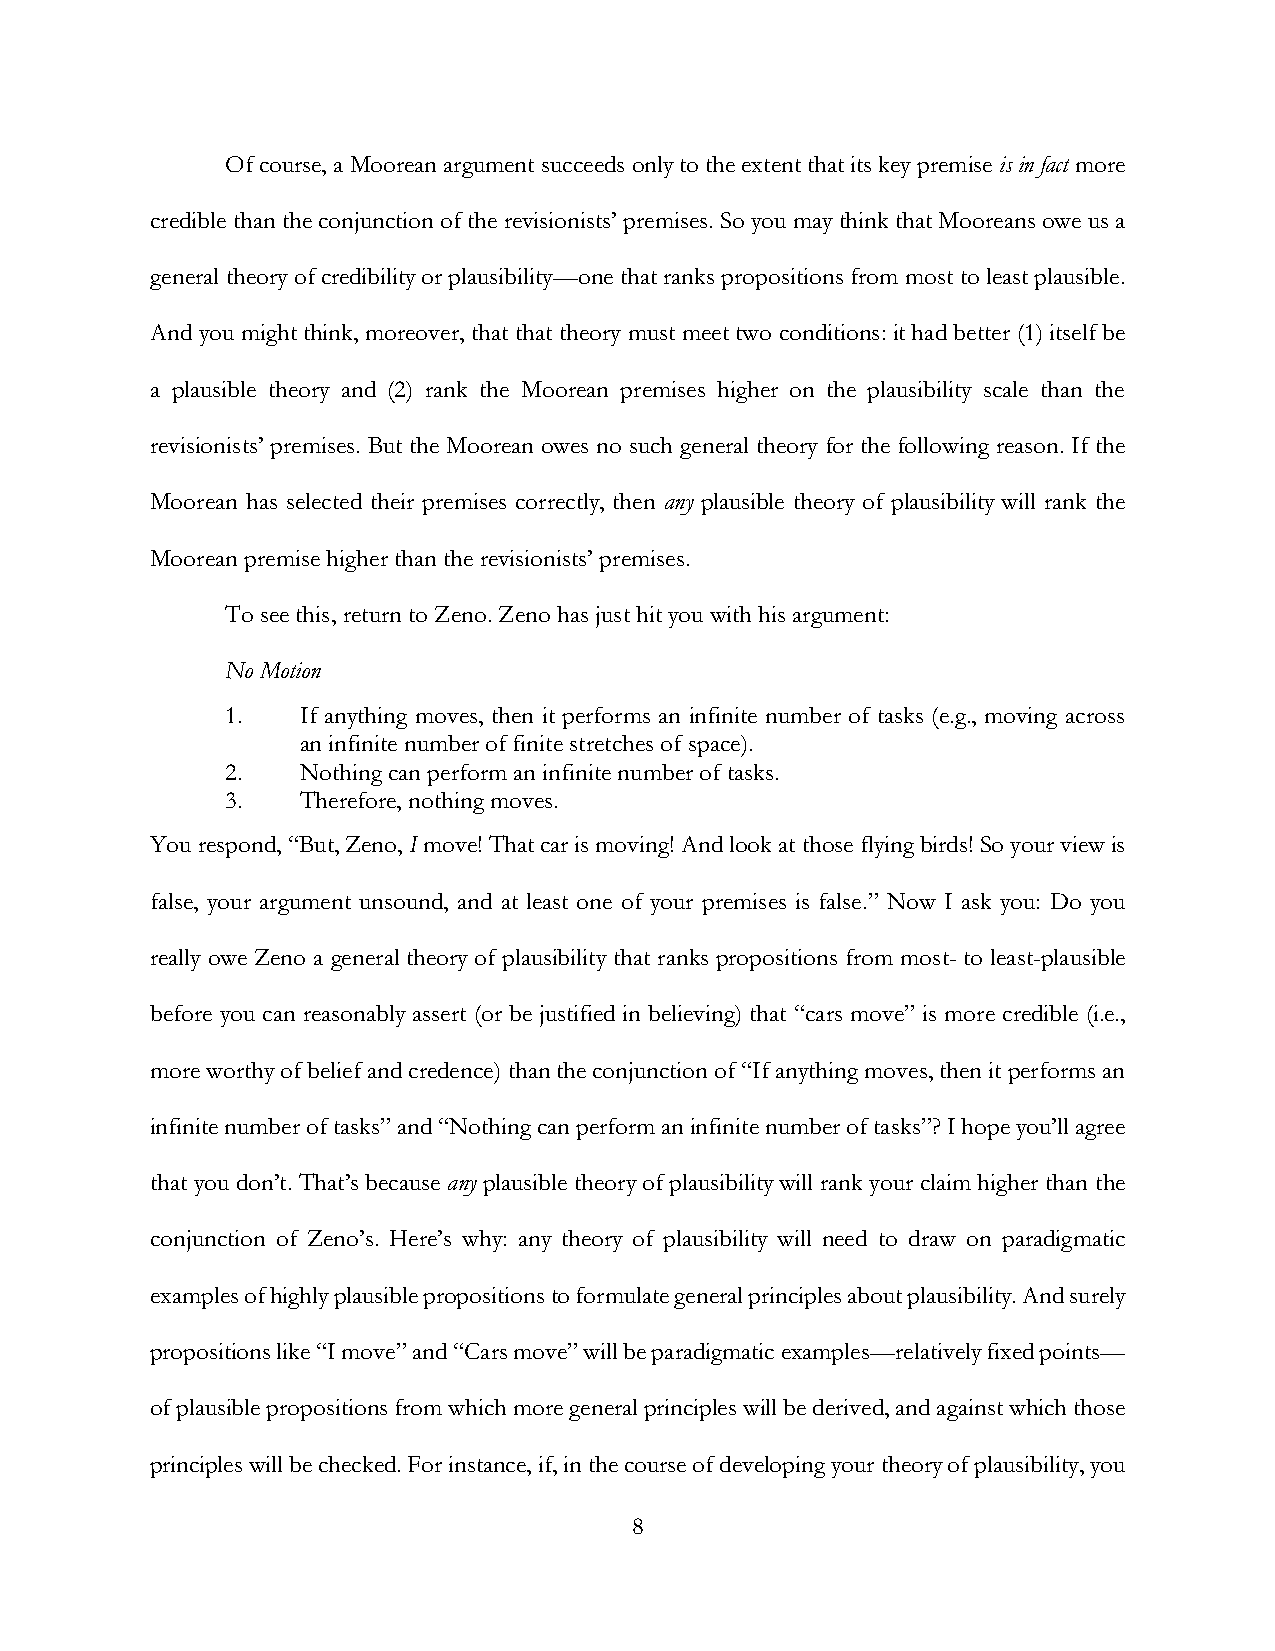
Of course, a Moorean argument succeeds only to the extent that its key premise is in fact more
 credible than the conjunction of the revisionists’ premises. So you may think that Mooreans owe us a
 general theory of credibility or plausibility—one that ranks propositions from most to least plausible.
 And you might think, moreover, that that theory must meet two conditions: it had better (1) itself be
 a plausible theory and (2) rank the Moorean premises higher on the plausibility scale than the
 revisionists’ premises. But the Moorean owes no such general theory for the following reason. If the
 Moorean has selected their premises correctly, then any plausible theory of plausibility will rank the
 Moorean premise higher than the revisionists’ premises.
 To see this, return to Zeno. Zeno has just hit you with his argument:
 No Motion
 1.   If anything moves, then it performs an infinite number of tasks (e.g., moving across
 an infinite number of finite stretches of space).
 2.   Nothing can perform an infinite number of tasks.
 3.   Therefore, nothing moves.
 You respond, “But, Zeno, I move! That car is moving! And look at those flying birds! So your view is
 false, your argument unsound, and at least one of your premises is false.” Now I ask you: Do you
 really owe Zeno a general theory of plausibility that ranks propositions from most- to least-plausible
 before you can reasonably assert (or be justified in believing) that “cars move” is more credible (i.e.,
 more worthy of belief and credence) than the conjunction of “If anything moves, then it performs an
 infinite number of tasks” and “Nothing can perform an infinite number of tasks”? I hope you’ll agree
 that you don’t. That’s because any plausible theory of plausibility will rank your claim higher than the
 conjunction of Zeno’s. Here’s why: any theory of plausibility will need to draw on paradigmatic
 examples of highly plausible propositions to formulate general principles about plausibility. And surely
 propositions like “I move” and “Cars move” will be paradigmatic examples—relatively fixed points—
 of plausible propositions from which more general principles will be derived, and against which those
 principles will be checked. For instance, if, in the course of developing your theory of plausibility, you
 8